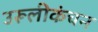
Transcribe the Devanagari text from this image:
उरूलीकंचन